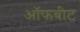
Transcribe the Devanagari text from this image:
ऑफबीट